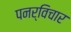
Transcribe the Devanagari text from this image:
पनर्विचार